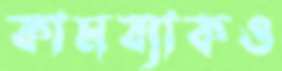
কামব্যাকও